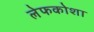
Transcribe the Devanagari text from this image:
लेफकोशा